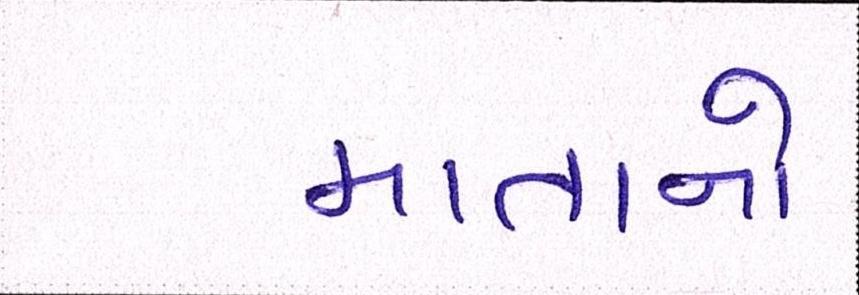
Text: માતાનો